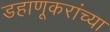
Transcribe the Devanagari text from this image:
डहाणूकरांच्या